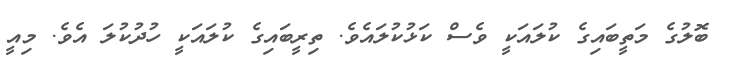
ބޮލުގެ މަތީބައިގެ ކުލައަކީ ވެސް ކަޅުކުލައެވެ. ތިރީބައިގެ ކުލައަކީ ހުދުކުލަ އެވެ. މިއީ